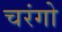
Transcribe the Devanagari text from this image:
चरंगो